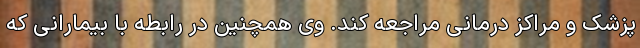
پزشک و مراکز درمانی مراجعه کند. وی همچنین در رابطه با بیمارانی که